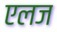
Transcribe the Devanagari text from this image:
एलज